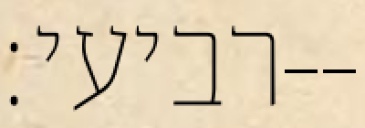
רביעי׃--